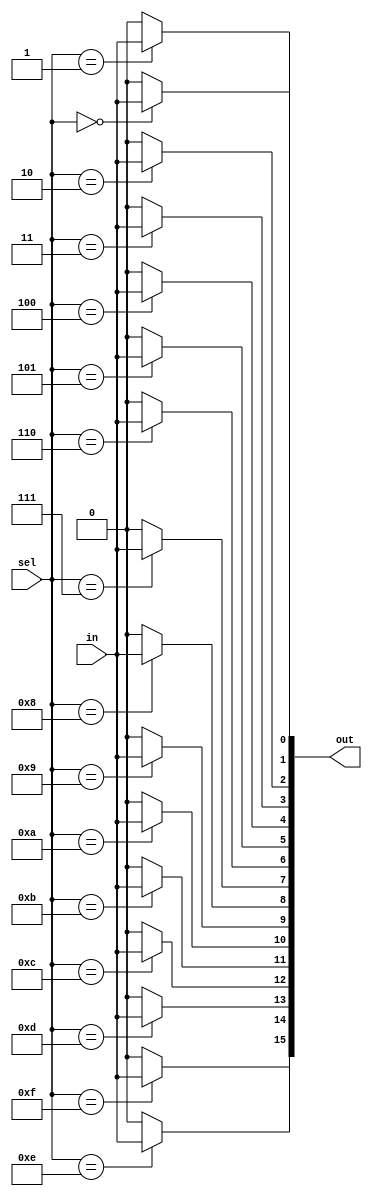
module demux_1to16 (
    input wire in,
    input wire [3:0] sel,
    output wire [15:0] out
);

assign out[0] = (sel == 4'b0000) ? in : 1'b0;
assign out[1] = (sel == 4'b0001) ? in : 1'b0;
assign out[2] = (sel == 4'b0010) ? in : 1'b0;
assign out[3] = (sel == 4'b0011) ? in : 1'b0;
assign out[4] = (sel == 4'b0100) ? in : 1'b0;
assign out[5] = (sel == 4'b0101) ? in : 1'b0;
assign out[6] = (sel == 4'b0110) ? in : 1'b0;
assign out[7] = (sel == 4'b0111) ? in : 1'b0;
assign out[8] = (sel == 4'b1000) ? in : 1'b0;
assign out[9] = (sel == 4'b1001) ? in : 1'b0;
assign out[10] = (sel == 4'b1010) ? in : 1'b0;
assign out[11] = (sel == 4'b1011) ? in : 1'b0;
assign out[12] = (sel == 4'b1100) ? in : 1'b0;
assign out[13] = (sel == 4'b1101) ? in : 1'b0;
assign out[14] = (sel == 4'b1110) ? in : 1'b0;
assign out[15] = (sel == 4'b1111) ? in : 1'b0;

endmodule